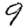
Digit: 9